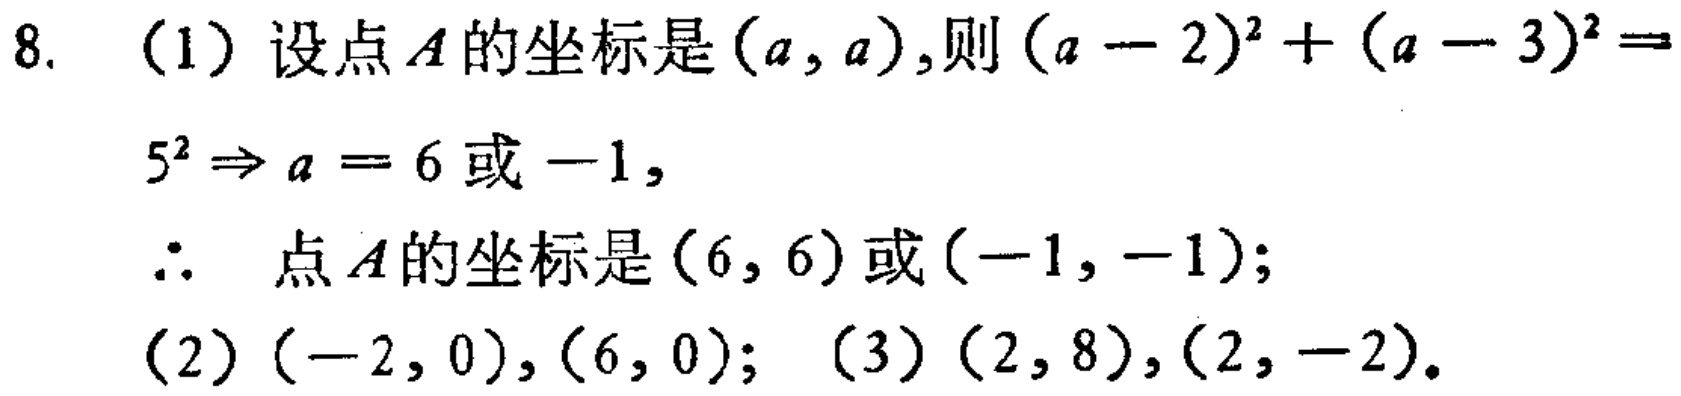
8. （1）设点\(A\)的坐标是\((a,a)\)，则\((a - 2)^2 + (a - 3)^2 = 5^2\Rightarrow a = 6\)或\(-1\)，
\(\therefore\) 点\(A\)的坐标是\((6,6)\)或\((-1,-1)\)；
（2）\((-2,0),(6,0)\)；（3）\((2,8),(2,-2)\)。